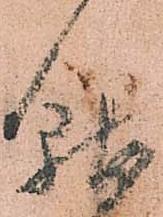
就